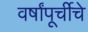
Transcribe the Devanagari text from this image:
वर्षांपूर्चीचे